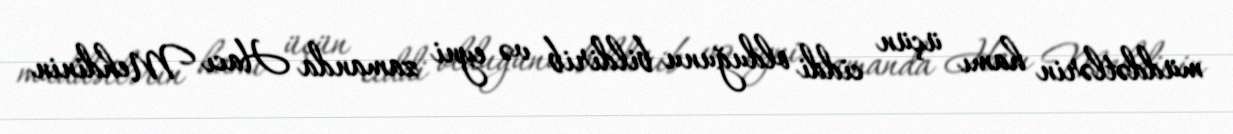
müddətlərin hamı üçün ciddi olduğunu bildirib və eyni zamanda Hacı Mehdinin